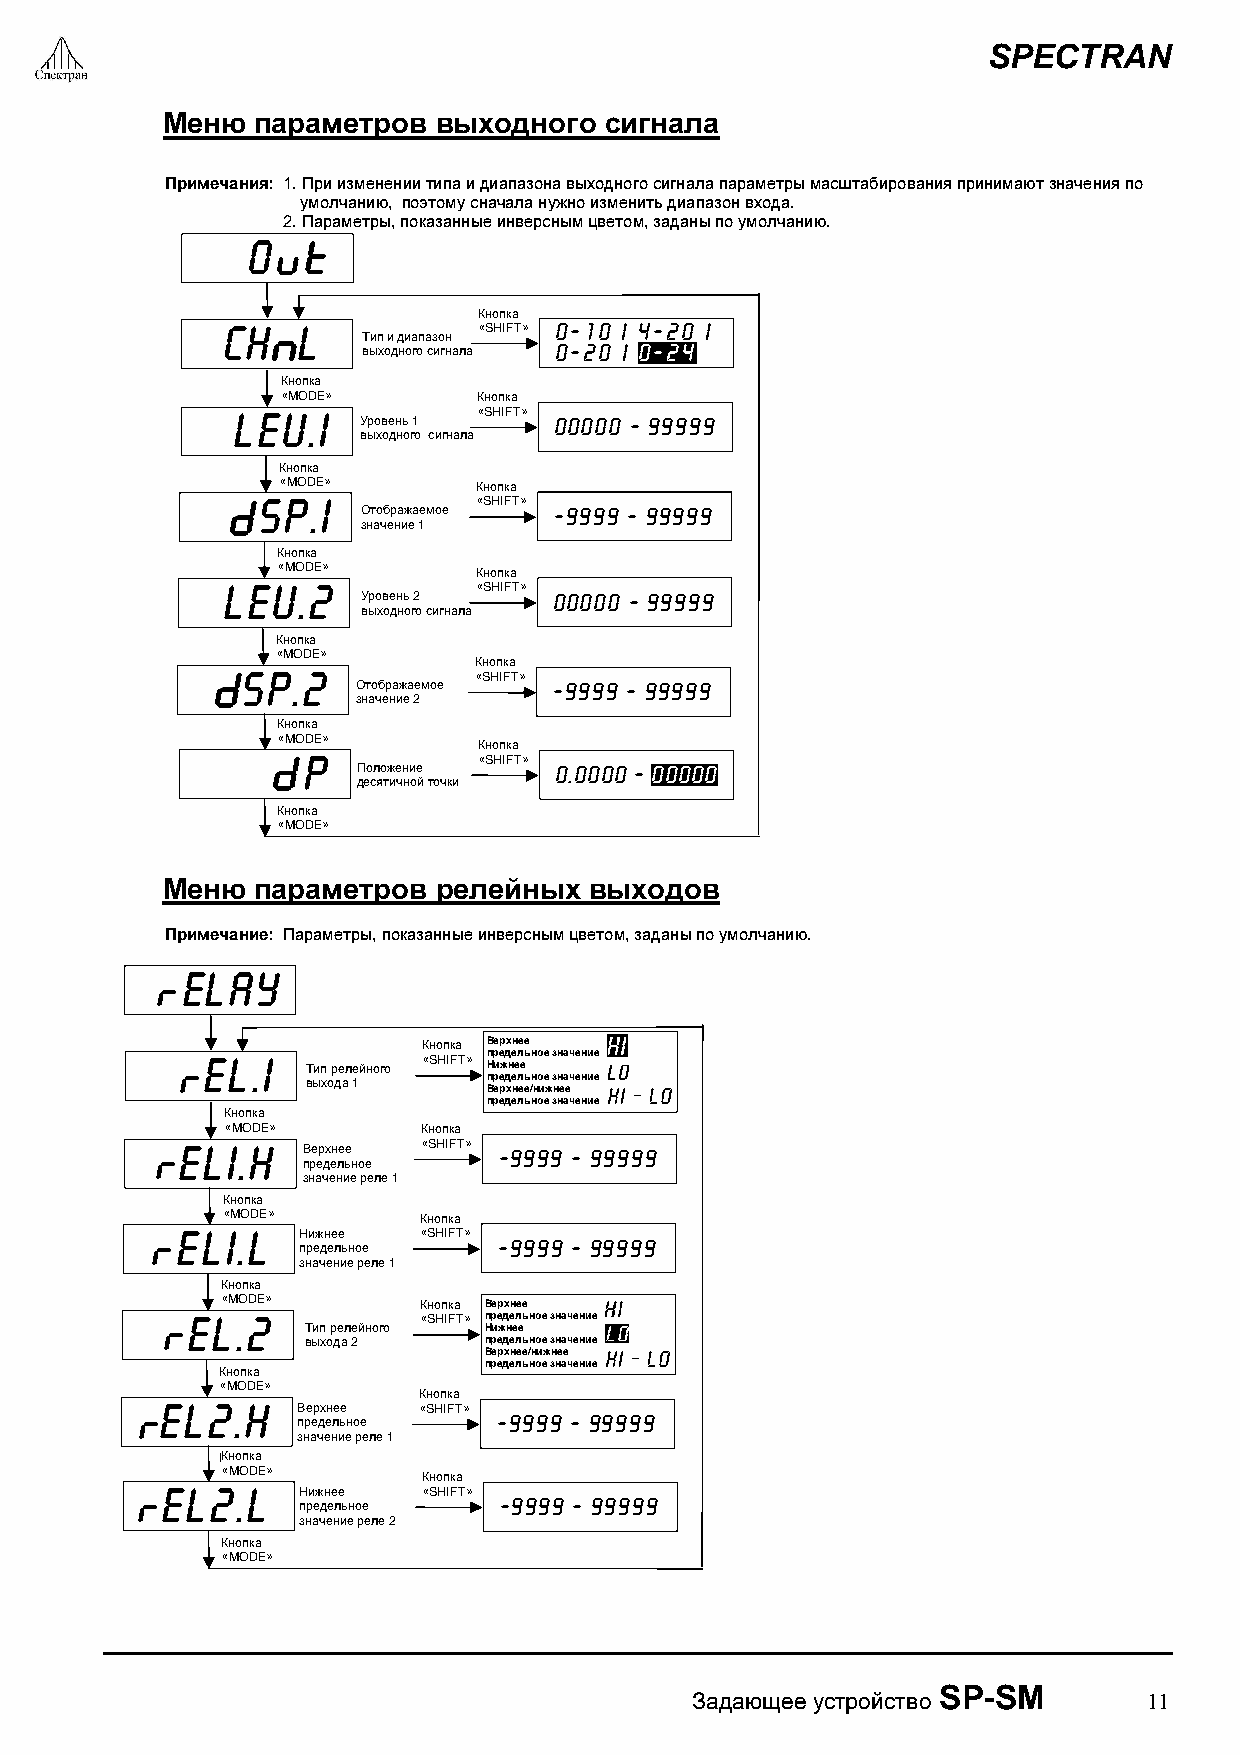
SPECTRAN
 Меню  параметров  выходного  сигнала
 Примечания: 1. При изменении типа и диапазона выходного сигнала параметры масштабирования принимают значения по
 умолчанию, поэтому сначала нужно изменить диапазон входа.
 2. Параметры, показанные инверсным цветом, заданы по умолчанию.
 O
 Кнопка
 CH   L           «SHIFT» O-1O | 4-2O |
 Тип и диапазон
 выходного сигнала O-2O | O-24
 Кнопка
 «MODE»       Кнопка
 LEU.I            «SHIFT»
 Уровень 1    OOOOO - 99999
 выходного сигнала
 Кнопка
 «MODE»        Кнопка
 SP.I           «SHIFT»
 Отображаемое -9999 - 99999
 значение 1
 Кнопка
 «MODE»        Кнопка
 LEU.2            «SHIFT»
 Уровень 2    OOOOO - 99999
 выходного сигнала
 Кнопка
 «MODE»
 Кнопка
 SP.2
 «SHIFT»
 Отображаемое -9999 - 99999
 значение 2
 ККннооппккаа
 ««LMEOVDEEL»»
 Кнопка
 P           «SHIFT»
 Положение    O.OOOO - OOOOO
 десятичной точки
 Кнопка
 «MODE»
 Меню  параметров  релейных  выходов
 Примечание: Параметры, показанные инверсным цветом, заданы по умолчанию.
 ELAY
 Кнопка Верхнее
 EL.I
 Тип релейного
 «SHIFT» п Нр ие жд не ел еь ное значение
 выхода 1    п Вр ее рд хе нл ееь /н но ие ж з нн еа еч ение
 предельное значение
 Кнопка
 «MODE»       Кнопка
 ELI.H   Ве р хн ее «SHIFT» -9999 - 99999
 предельное
 значение реле 1
 Кнопка
 «MODE»       Кнопка
 ELI.L   Нижнее  «SHIFT»
 предельное   -9999 - 99999
 значение реле 1
 Кнопка
 «MODE»       Кнопка Верхнее
 EL.2            «SHIFT» предельное значение
 Тип релейного Нижнее
 выхода 2    предельное значение
 Верхнее/нижнее
 предельное значение
 Кнопка
 «MODE»
 Кнопка
 EL2.H    Верхнее «SHIFT»
 предельное   -9999 - 99999
 значение реле 1
 ККннооппккаа
 ««LMEOVDEEL»»
 Кнопка
 EL2.L    Нижнее  «SHIFT»
 предельное   -9999 - 99999
 значение реле 2
 Кнопка
 «MODE»
 Задающее устройство
 SP-SM
 11